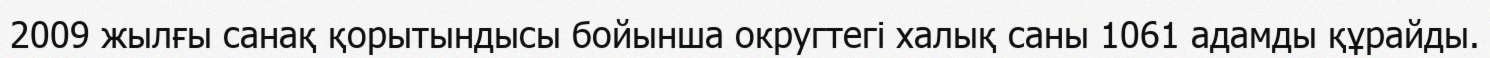
2009 жылғы санақ қорытындысы бойынша округтегі халық саны 1061 адамды құрайды.